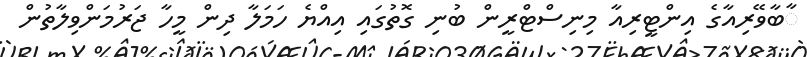
ާބާވޭރިއާގެ އިންޓީރިއާ މިނިސްޓްރީން ބުނި ގޮތުގައި އިއްޔެ ހަމަލާ ދިން މީހާ ޖަރުމަންވިލާތުން